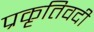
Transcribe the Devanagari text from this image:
प्रकृतिवदी